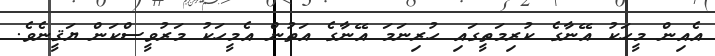
އެއިން މީހަކު އޭނާގެ ކުރިމަތީގައި ހުރިނަމަ އޭނާގެ އަތުން އެމީހަކު މަރުވީސްކަން ޔަޤީނެވެ.